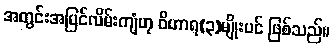
အတွင်းအပြင်လိမ်းကျံဟု ဝိဟာရ(၃)မျိုးပင် ဖြစ်သည်။